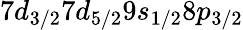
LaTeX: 7d_{3/2}7d_{5/2}9s_{1/2}8p_{3/2}